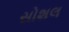
સોશલ